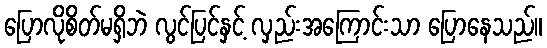
ပြောလိုစိတ်မရှိဘဲ လွင်ပြင်နှင့် လှည်းအကြောင်းသာ ပြောနေသည်။